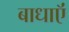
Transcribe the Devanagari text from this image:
बाधाऍं